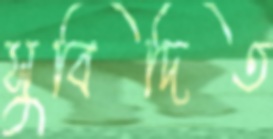
সুবিদিত